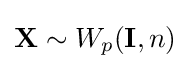
\mathbf {X} \sim W_{p}(\mathbf {I} ,n)